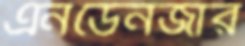
এনডেনজার